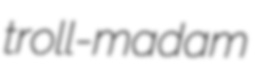
troll-madam